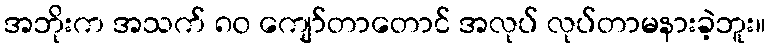
အဘိုးက အသက် ၈၀ ကျော်တာတောင် အလုပ် လုပ်တာမနားခဲ့ဘူး။